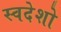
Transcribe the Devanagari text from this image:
स्वदेशो